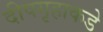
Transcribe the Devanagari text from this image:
दीपगृहाकडे